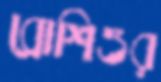
ব্রোশিওর